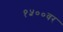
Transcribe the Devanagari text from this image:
१५००वर